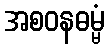
အစဝနဓမ္မံ